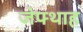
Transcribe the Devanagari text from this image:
जेफ्थाह